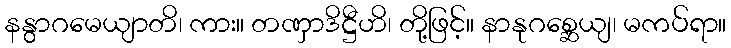
နနွာဂမေယျာတိ၊ ကား။ တဏှာဒိဋ္ဌီဟိ၊ တို့ဖြင့်။ နာနုဂစ္ဆေယျ၊ မကပ်ရာ။